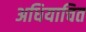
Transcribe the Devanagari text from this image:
अधियाचित